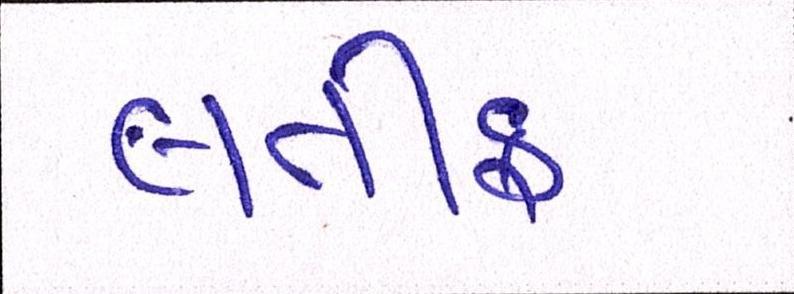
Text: લતીફ